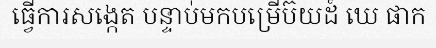
ធ្វើការសង្កេត បន្ទាប់មកបម្រើប៊យដ៍ ឃេ ផាក